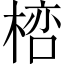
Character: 𣖞